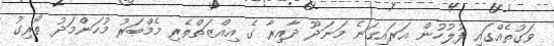
ވަގުތެއްގައި ފުލުހުން އަރައިގަނެ މަނަދޫ ދާއިރާ ގެ އިއްޒަތްތެރި މެމްބަރު މުހަންމަދު ތޯރިގު